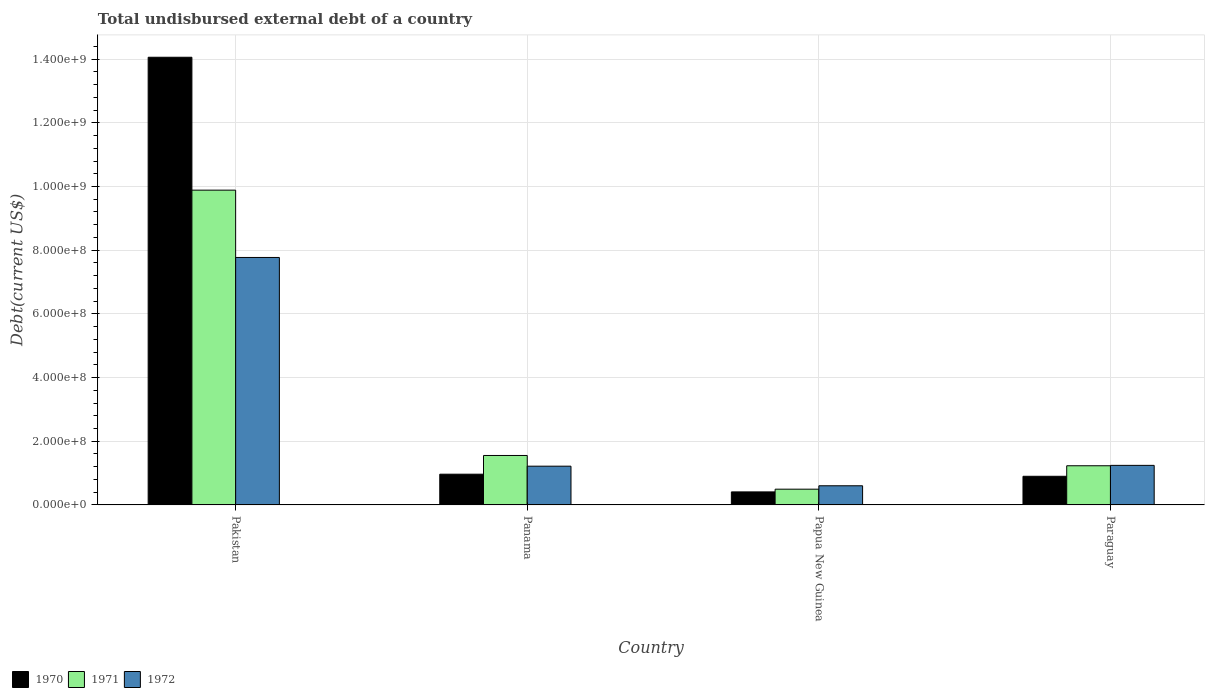
| Country | 1970 | 1971 | 1972 |
 | --- | --- | --- | --- |
 | Pakistan | 1.41e+09 | 9.89e+08 | 7.77e+08 |
 | Panama | 9.65e+07 | 1.55e+08 | 1.22e+08 |
 | Papua New Guinea | 4.09e+07 | 4.95e+07 | 6.02e+07 |
 | Paraguay | 9e+07 | 1.23e+08 | 1.24e+08 |